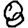
Digit: 8